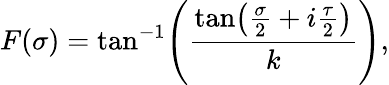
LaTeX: F(\sigma)=\tan^{-1}\! \left(\frac{{\tan\! \left(\frac{\sigma}{2}+i\frac{\tau}{2}\right)}}{k}\right),